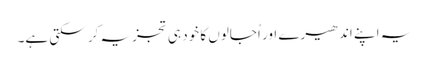
یہ اپنے اندھیرے اور اُجالوں کا خود ہی تجزیہ کر سکتی ہے۔